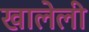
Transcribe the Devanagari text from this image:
खालेली